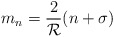
\begin{align*}m_n=\frac{2}{{\cal R}}(n+\sigma)\end{align*}